Annual report on the working of the mental hospitals in the Madras Presidency - 1912-1932
Year: 1912
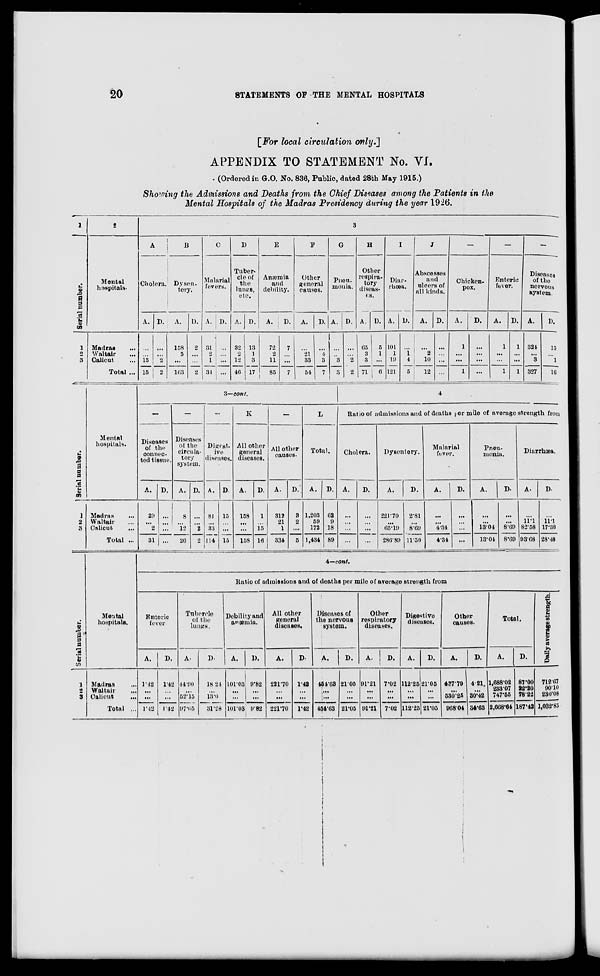
20
STATEMENTS OF THE MENTAL HOSPITALS
[For local circulation only.]
APPENDIX TO STATEMENT No. VI.
(Ordered in G.O. No. 836, Public, dated 28th May 1915.)
Showing the Admissions and Deaths from the Chief Diseases among the Patients in the
Mental Hospitals of the Madras Presidency during the year 1926.
1
Serial number.
1
2
3
2
Mental
hospitals.
Madras ...
Waltair ...
Calicut ...
Total ...
3
A
Cholera.
A.
...
...
15
15
D.
...
...
2
2
B
Dysen-
tery.
A.
158
5
...
163
D.
2
...
...
2
C
Malarial
fevers.
A.
31
2
1
34
D.
...
...
...
...
D
Tuber-
cle of
the
lungs,
etc.
A.
32
2
12
46
D.
13
1
3
17
E
Anæmia
and
debility.
A.
72
2
11
85
D.
7
...
...
7
F
Other
general
causes.
A.
...
21
33
54
D.
...
4
3
7
G
Pneu-
monia.
A.
...
...
3
3
D.
...
...
2
2
H
Other
respira-
tory
diseas-
es.
A.
65
3
3
71
D.
5
1
...
6
I
Diar-
rhœa.
A.
101
1
19
121
D.
...
1
4
5
J
Abscesses
and
ulcers of
all kinds.
A.
...
2
10
12
D.
...
...
...
...
—
Chicken-
pox.
A.
1
...
...
1
D.
...
...
...
...
—
Enteric
fever.
A.
1
...
...
1
D.
1
...
...
1
—
Diseases
of the
nervous
system.
A.
324
...
3
327
D.
15
...
1
16
Serial number.
1
2
3
Mental
hospitals.
Madras ...
Waltair ...
Calicut ...
Total ...
3—cont.
—
Diseases
of the
connec-
ted tissue.
A.
29
...
2
31
D.
...
...
...
...
—
Diseases
of the
circula-
tory
system.
A.
8
...
12
20
D.
...
...
2
2
—
Digest-
ive
diseases.
A.
81
...
33
114
D.
15
...
...
15
K
All other
general
diseases.
A.
158
...
...
158
D.
1
...
15
16
—
All other
causes.
A.
312
21
1
334
D.
3
2
...
5
L
Total.
A.
1,203
59
172
1,434
D.
62
9
18
89
4
Ratio of admissions and of deaths per mile of average strength from
Cholera.
A.
...
...
...
...
D.
...
...
...
...
Dysentery.
A.
221.70
...
65.19
286.89
D.
2.81
...
8.69
11.50
Malarial
fever.
A.
...
...
4.34
4.34
D.
...
...
...
...
Pneu-
monia.
A.
...
...
13.04
13.04
D.
...
...
8.69
8.69
Diarrhœa.
A.
...
11.1
82.58
93.68
D.
...
11.1
17.38
28.48
Serial number.
1
2
3
Mental
hospitals.
Madras ...
Waltair
...
Calicut
...
Total ...
4—cont.
Ratio of admissions and of deaths per mile of average strength from
Enteric
fever
A.
1.42
...
...
1.42
D.
1.42
...
...
1.42
Tubercle
of the
lungs.
A.
44.90
...
52.15
97.05
D.
18.24
...
13.0
31.28
Debility and
anæmia.
A.
101.03
...
...
101.03
D.
9.82
...
...
9.82
All other
general
diseases.
A.
221.70
...
...
221.70
D.
1.42
...
...
1.42
Diseases of
the nervous
system.
A.
454.63
...
...
454.63
D.
21.05
...
...
21.05
Other
respiratory
diseases.
A.
91.21
...
...
91.21
D.
7.02
...
...
7.02
Digestive
diseases.
A.
112.25
...
...
112.25
D.
21.05
...
...
21.05
Other
causes.
A.
487.79
...
530.25
968.04
D.
4.21
...
30.42
84.63
Total.
A.
1,688.02
233.07
747.55
2,668.64
D.
87.00
22.20
78.22
187.42
Daily average strength.
712.67
90.10
230.08
1,032.85